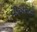
વીએસટી